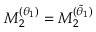
M _ { 2 } ^ { ( \theta _ { 1 } ) } = M _ { 2 } ^ { ( \tilde { \theta } _ { 1 } ) }